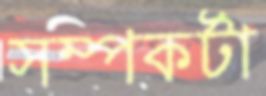
সম্পকর্টা